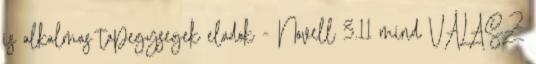
is alkalmas tapegysegek eladok - Novell 3.11 mind VÁLASZ